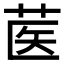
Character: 𰱃